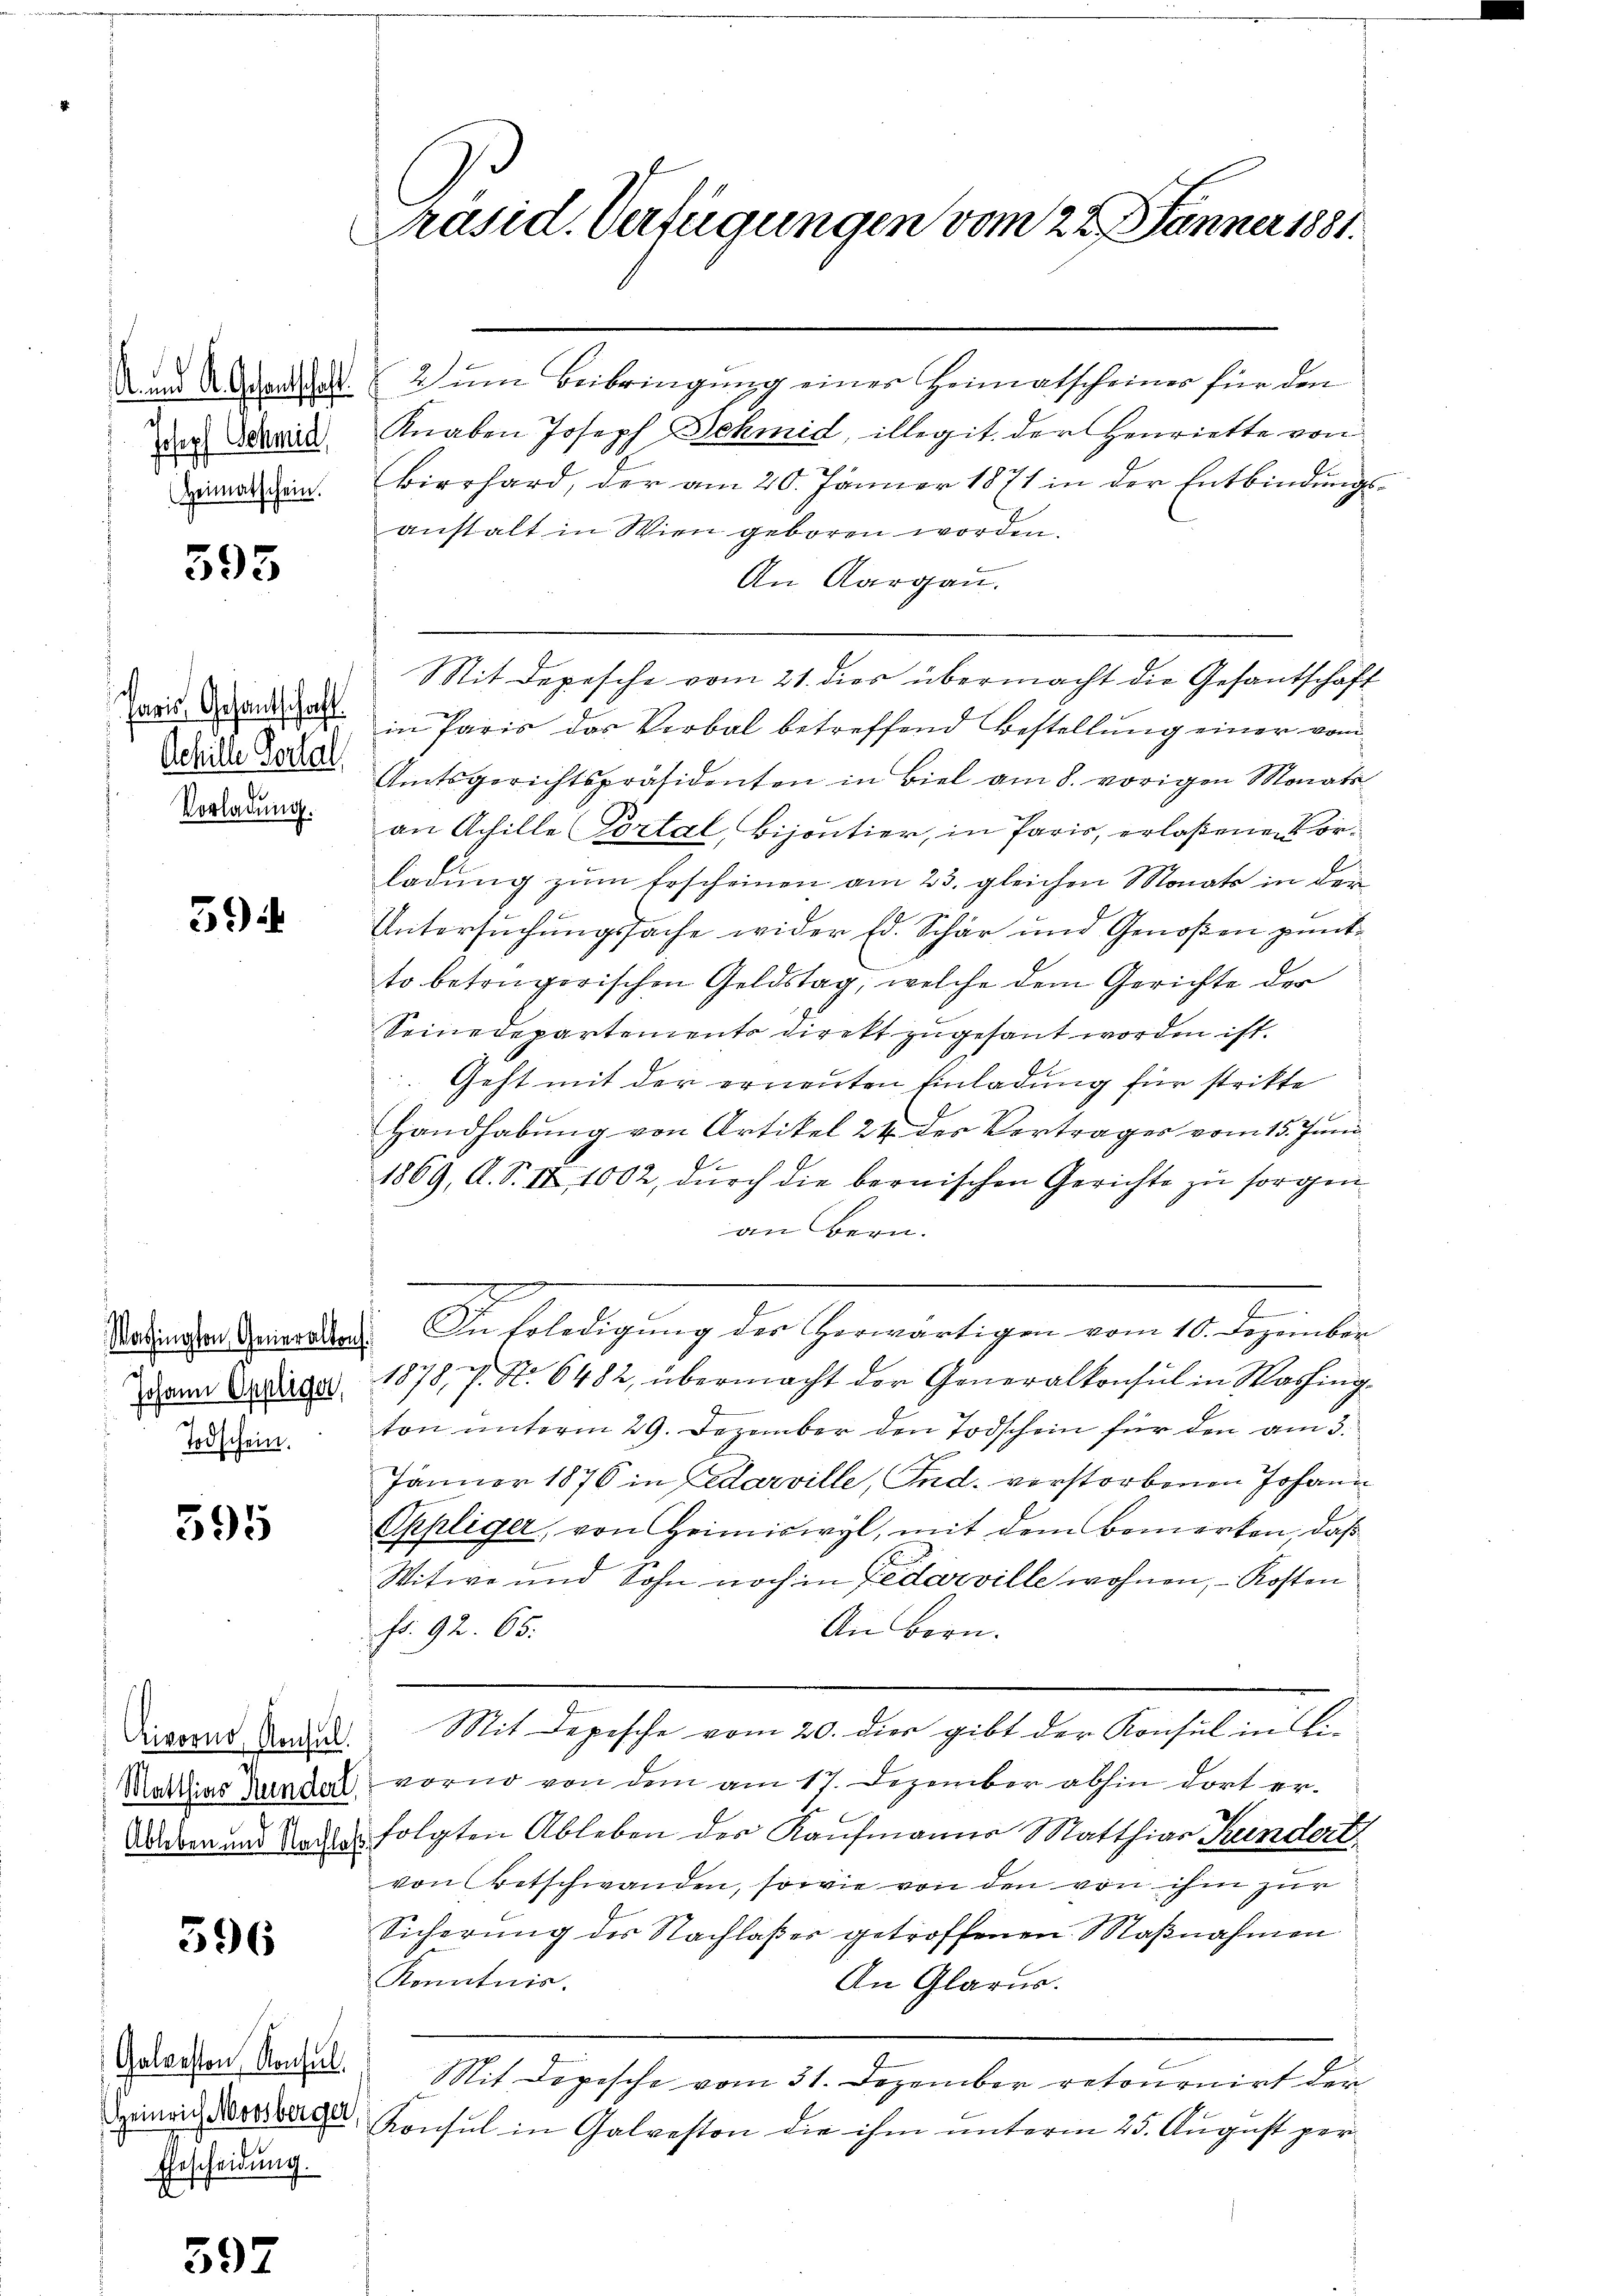
Joseph Schmid,
(Heimatschein.

595

Vorladung.

39

Washington, Generalkons
Johann Oppliger,
Todschein.

595

Matthias Hundert,

596

Galvesten Konsul
Eescheidung.

59.

dd Alariat zŭm Beibringŭng einer Heimatscheiner für den
Knaben Joseph Schmid, illegit der Henriette von
Bierhard, der am 20. Jänner 1871 in der Entbindungsanstalt in Wien geboren worden.
An Aargau.
Mit depesche vom 21. dies übermacht die Gesantschaft
aris Brandat in Paris des Verbal betreffend Bestellung einer vom
die Boden Amtsgerichtspräsidenten in Biel am 8. vorigen Monati
an Achille Portal, Bijontier, in Paris, erlaßenen orladung zum Erscheinen am 23. gleichen Monats in der
Untersuchungssache wider Ed. Schär und Genoßen püntto betrügerischen Geldstag, welche dem Gerichte der
Seine Departements direkt zugesant worden ist.
Geht mit der erneuten Einladung für strikte
Handhabung von Artikel 24 des Vertrages vom 15. Juni
1869, A. S. II 1002, durch die bernischen Gerichte zu sorgen.
an Bern.
.
e
.
In Erledigung des Herwärtigen vom 10. Dezember
1878, P. Nr. 6482, übermacht der Generalkonsul in Washing
ton unterm 29. Dezember den Todschein für den am 3.
A
Jänner 1876 in darville, Ind. verstorbenen Johann
Oppliger, von Heimiswyl, mit dem Bemerken, daß
Witwe und Sohn noch in Federville wohnen, - Kosten
fr. 92. 65.
An Bern.
Dieernd, das Mit Depesche vom 20. dies gibt der Konsul in Livorno von dem am 17. Dezember abhin dort er¬
Waden und Todes folgten Ableben des Kaufmanns Matthias Kindert
von Betschwanden, sowie von den von ihm zur
Sicherung des Nachlaßer getroffenen Maßnahmen
Kenntnis.
An Glarus.
Mit Depesche vom 31. Dezember retournirt der
Spinnig Bregel, Konsul in Galveston die ihm unterm 25. August per

Präsid. Verfügungen vom 22. Jänner 1881.